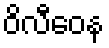
ဝိလီဝေန